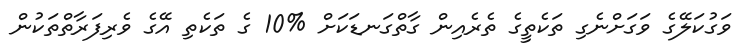
ވަގުކަލޭގެ ވަގަށްނެގި ތަކެތީގެ ތެރެއިން ގާތްގަނޑަކަށް %10 ގެ ތަކެތި އޭގެ ވެރިފަރާތްތަކުން